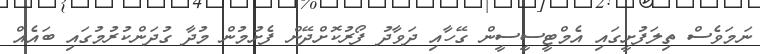
ނަމަވެސް ތިލަފުށީގައި އެމްޓީސީސީން ގޭހާއި ދަވާދު ފޯރުކޮށްދޭން ފެށުމުން މުދާ ގުދަންކުރުމުގައި ބައެއް